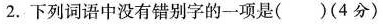
2.下列词语中没有错别字的一项是()(4分)